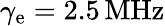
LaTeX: \gamma_{\textrm{e}}=2.5\, \mathrm{MHz}